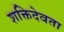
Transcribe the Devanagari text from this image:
शक्तिदेवता